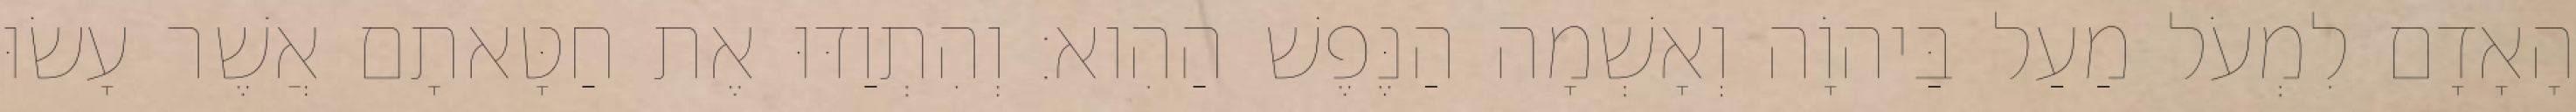
הָאָדָם לִמְעֹל מַעַל בַּיהוָֹה וְאָשְׁמָה הַנֶּפֶשׁ הַהִוא׃ וְהִתְוַדּוּ אֶת חַטָּאתָם אֲשֶׁר עָשׂוּ